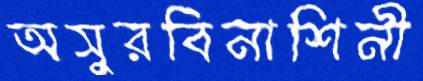
অসুরবিনাশিনী